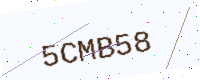
Text: 5CMB58